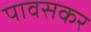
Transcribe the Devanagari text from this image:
पावसकर